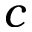
c